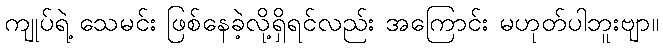
ကျုပ်ရဲ့ သေမင်း ဖြစ်နေခဲ့လို့ရှိရင်လည်း အကြောင်း မဟုတ်ပါဘူးဗျာ။